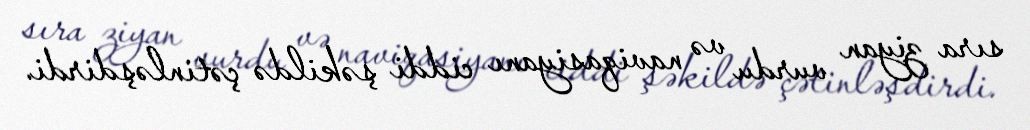
sıra ziyan vurdu və naviqasiyanı ciddi şəkildə çətinləşdirdi.